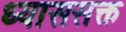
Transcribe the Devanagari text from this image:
ध्याससक्त